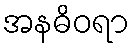
အနဓိဝရာ